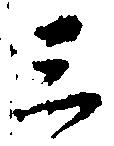
三